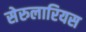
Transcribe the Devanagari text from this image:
सेरुलारियस